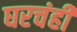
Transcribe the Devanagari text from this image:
घरचंही